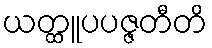
ယတ္ထူပပဇ္ဇတီတိ